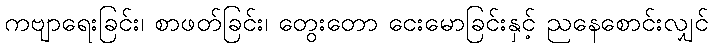
ကဗျာရေးခြင်း၊ စာဖတ်ခြင်း၊ တွေးတော ငေးမောခြင်းနှင့် ညနေစောင်းလျှင်